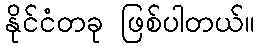
နိုင်ငံတခု ဖြစ်ပါတယ်။